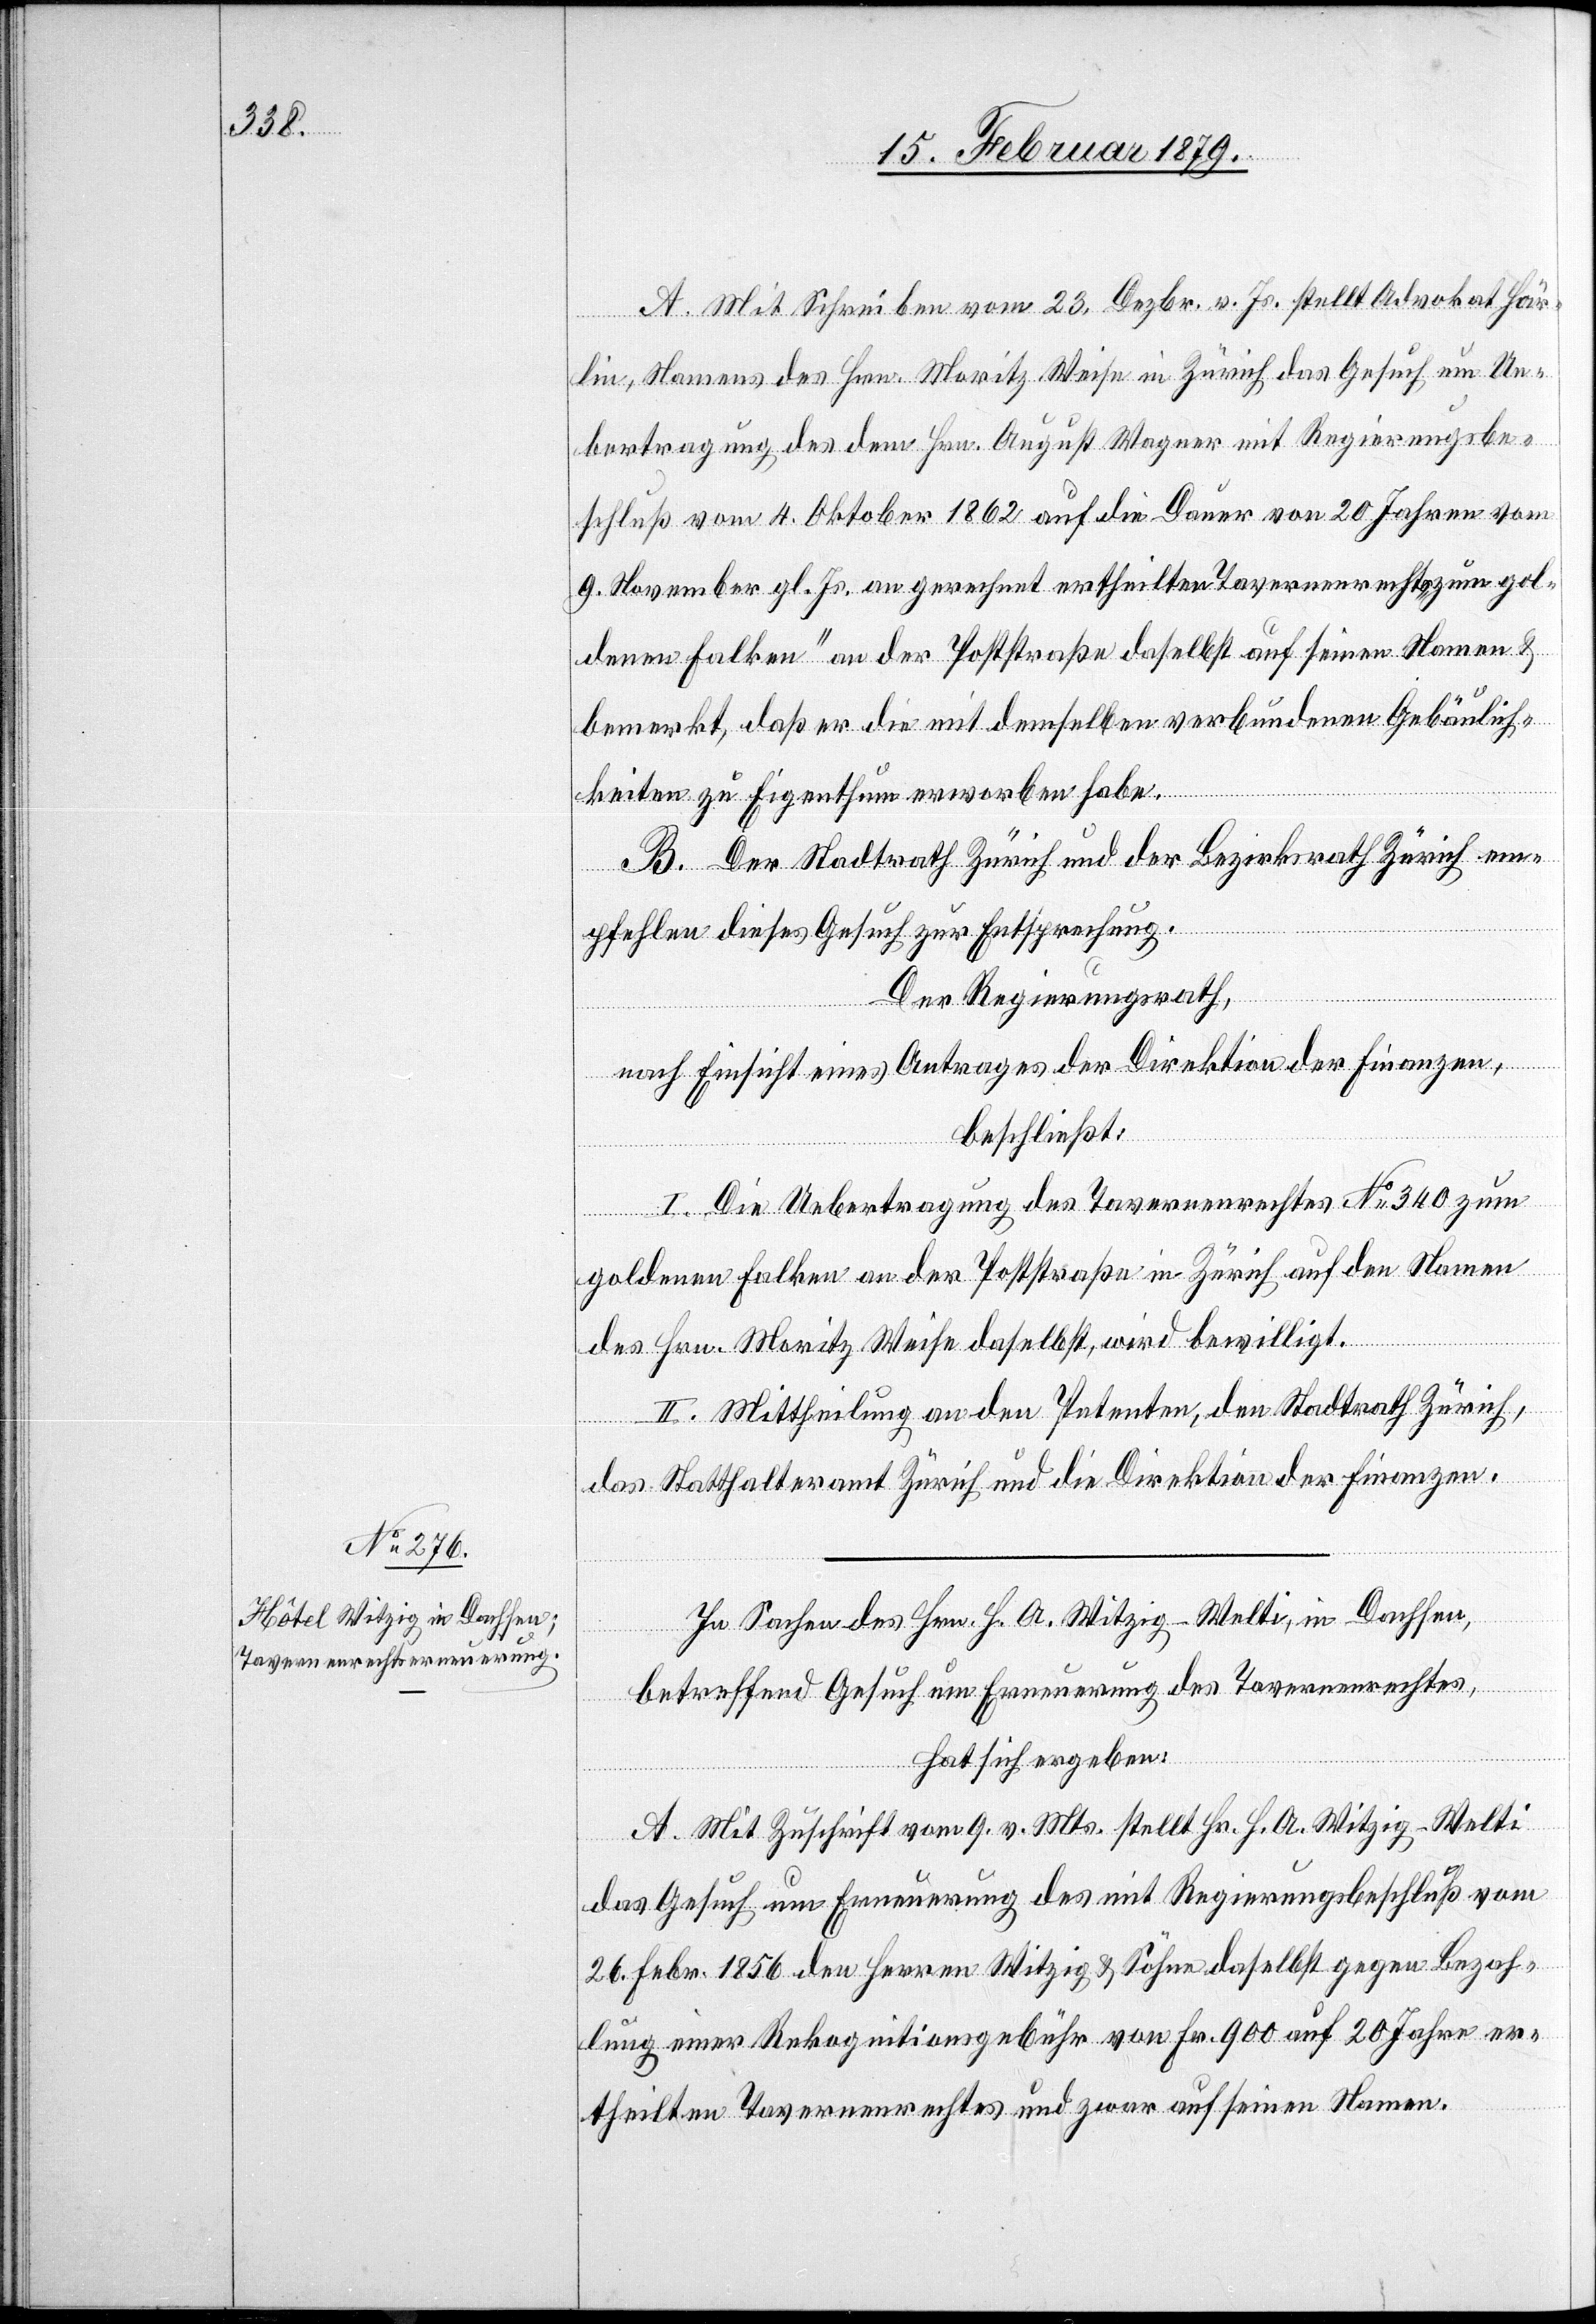
A. Mit Schreiben vom 23. Dezbr. v. Js. stellt Advokat Här¬
lin, Namens des Hrn. Moritz Weise in Zürich das Gesuch um Ue¬
bertragung des dem Hrn. August Wagner mit Regierungsbe¬
schluß vom 4. Oktober 1862 auf die Dauer von 20 Jahren vom
9. November gl. Js. an gerechnet ertheilten Tavernenrechts „zum gol¬
denen Falken“ an der Poststraße daselbst auf seinen Namen &
bemerkt, daß er die mit demselben verbundenen Gebäulich¬
keiten zu Eigenthum erworben habe.
B. Der Stadtrath Zürich und der Bezirksrath Zürich em¬
pfehlen dieses Gesuch zur Entsprechung.
Der Regierungsrath,
nach Einsicht eines Antrages der Direktion der Finanzen,
beschließt:
I. Die Uebertragung des Tavernenrechtes No 340 zum
goldenen Falken an der Poststraße in Zürich auf den Namen
des Hrn. Moritz Weise daselbst, wird bewilligt.
II. Mittheilung an den Petenten, den Stadtrath Zürich,
das Statthalteramt Zürich und die Direktion der Finanzen.
In Sachen des Hrn. H. A. Witzig-Welti, in Dachsen,
betreffend Gesuch um Erneuerung des Tavernenrechtes,
hat sich ergeben:
A. Mit Zuschrift vom 9. v. Mts. stellt Hr. H. A. Witzig-Welti
das Gesuch um Erneuerung des mit Rekursbeantwortung vom
26. Febr. 1856 den Herren Witzig & Söhne daselbst gegen Bezah¬
lung einer Rekognitionsgebühr von Fr. 900 auf 20 Jahre er¬
theilten Tavernenrechtes und zwar auf seinen Namen.